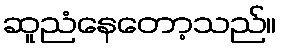
ဆူညံနေတော့သည်။